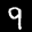
Label: 9